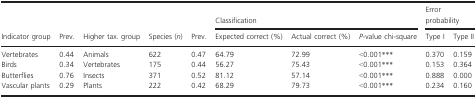
<table><thead><tr><td></td><td></td><td></td><td></td><td></td><td colspan="3"><b>Classification</b></td><td colspan="2"><b>Error probability</b></td></tr><tr><td><b>Indicator group</b></td><td><b>Prev.</b></td><td><b>Higher tax. group</b></td><td><b>Species (<i>n</i>)</b></td><td><b>Prev.</b></td><td><b>Expected correct (%)</b></td><td><b>Actual correct (%)</b></td><td><b><i>P</i>-value chi-square</b></td><td><b>Type I</b></td><td><b>Type II</b></td></tr></thead><tbody><tr><td>Vertebrates</td><td>0.44</td><td>Animals</td><td>622</td><td>0.47</td><td>64.79</td><td>72.99</td><td>&lt;0.001***</td><td>0.370</td><td>0.159</td></tr><tr><td>Birds</td><td>0.34</td><td>Vertebrates</td><td>175</td><td>0.44</td><td>56.27</td><td>75.43</td><td>&lt;0.001***</td><td>0.153</td><td>0.364</td></tr><tr><td>Butterflies</td><td>0.76</td><td>Insects</td><td>371</td><td>0.52</td><td>81.12</td><td>57.14</td><td>&lt;0.001***</td><td>0.888</td><td>0.000</td></tr><tr><td>Vascular plants</td><td>0.29</td><td>Plants</td><td>222</td><td>0.42</td><td>68.29</td><td>79.73</td><td>&lt;0.001***</td><td>0.234</td><td>0.160</td></tr></tbody></table>